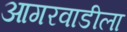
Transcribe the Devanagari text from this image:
आगरवाडीला